Vaccination report Assam 1896-1927 - 1896-1927
Year: 1896
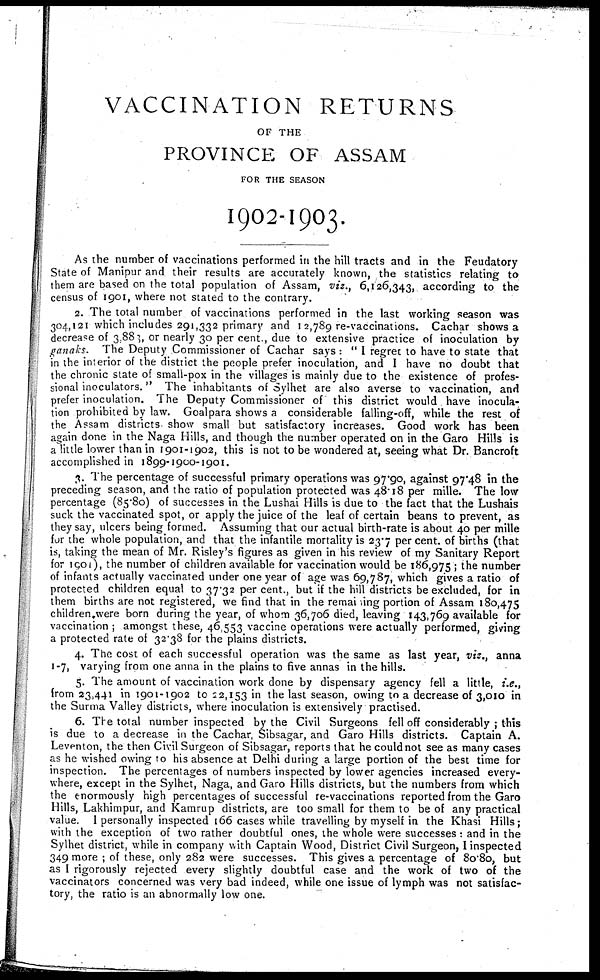
VACCINATION RETURNS
OF THE
PROVINCE OF ASSAM
FOR THE SEASON
1902-1903.
As the number of vaccinations performed in the hill tracts and in the Feudatory
State of Manipur and their results are accurately known, the statistics relating to
them are based on the total population of Assam, viz., 6,126,343, according to the
census of 1901, where not stated to the contrary.
2. The total number of vaccinations performed in the last working season was
304,121 which includes 291,332 primary and 12,789 re-vaccinations. Cachar shows a
decrease of 3,883, or nearly 30 per cent., due to extensive practice of inoculation by
ganaks. The Deputy Commissioner of Cachar says: " I regret to have to state that
in the interior of the district the people prefer inoculation, and I have no doubt that
the chronic state of small-pox in the villages is mainly due to the existence of profes-
sional inoculators. " The inhabitants of Sylhet are also averse to vaccination, and
prefer inoculation. The Deputy Commissioner of this district would , have inocula-
tion prohibited by law. Goalpara shows a considerable falling-off, while the rest of
the Assam districts show small but satisfactory increases. Good work has been
again done in the Naga Hills, and though the number operated on in the Garo Hills is
a little lower than in 1901-1902, this is not to be wondered at, seeing what Dr. Bancroft
accomplished in 1899-1900-1901.
3. The percentage of successful primary operations was 97.90, against 97.48 in the
preceding season, and the ratio of population protected was 48.18 per mille. The low
percentage (85.80) of successes in the Lushai Hills is due to the fact that the Lushais
suck the vaccinated spot, or apply the juice of the leaf of certain beans to prevent, as
they say, ulcers being formed. Assuming that our actual birth-rate is about 40 per mille
for the whole population, and that the infantile mortality is 23.7 per cent. of births (that
is, taking the mean of Mr. Risley's figures as given in his review of my Sanitary Report
for 1901), the number of children available for vaccination would be 186,975 ; the number
of infants actually vaccinated under one year of age was 69,787, which gives a ratio of
protected children equal to 37.32 per cent., but if the hill districts be excluded, for in
them births are not registered, we find that in the remaining portion of Assam 180,475
children,were born during the year, of whom 36,706 died, leaving 143,769 available for
vaccination ; amongst these, 46,553 vaccine operations were actually performed, giving
a protected rate of 32.38 for the plains districts.
4. The cost of each successful operation was the same as last year, viz., anna
1-7, varying from one anna in the plains to five annas in the hills.
5. The amount of vaccination work done by dispensary agency fell a little, i.e.,
from 23,441 in 1901-1902 to 22,153 in the last season, owing to a decrease of 3,010 in
the Surma Valley districts, where inoculation is extensively practised.
6. The total number inspected by the Civil Surgeons fell off considerably ; this
is due to a decrease in the Cachar, Sibsagar, and Garo Hills districts. Captain A.
Leventon, the then Civil Surgeon of Sibsagar, reports that he could not see as many cases
as he wished owing to his absence at Delhi during a large portion of the best time for
inspection. The percentages of numbers inspected by lower agencies increased every-
where, except in the Sylhet, Naga, and Garo Hills districts, but the numbers from which
the enormously high percentages of successful re-vaccinations reported from the Garo
Hills, Lakhimpur, and Kamrup districts, are too small for them to be of any practical
value. I personally inspected 166 cases while travelling by myself in the Khasi Hills;
with the exception of two rather doubtful ones, the whole were successes : and in the
Sylhet district, while in company with Captain Wood, District Civil Surgeon, I inspected
349 more ; of these, only 282 were successes. This gives a percentage of 80.80, but
as I rigorously rejected every slightly doubtful case and the work of two of the
vaccinators concerned was very bad indeed, while one issue of lymph was not satisfac-
tory, the ratio is an abnormally low one.